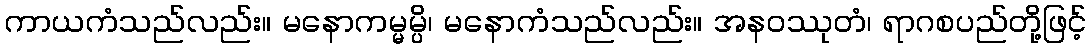
ကာယကံသည်လည်း။ မနောကမ္မမ္ပိ၊ မနောကံသည်လည်း။ အနဝဿုတံ၊ ရာဂစပည်တို့ဖြင့်